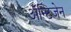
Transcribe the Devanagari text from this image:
अॅन्टिजेन